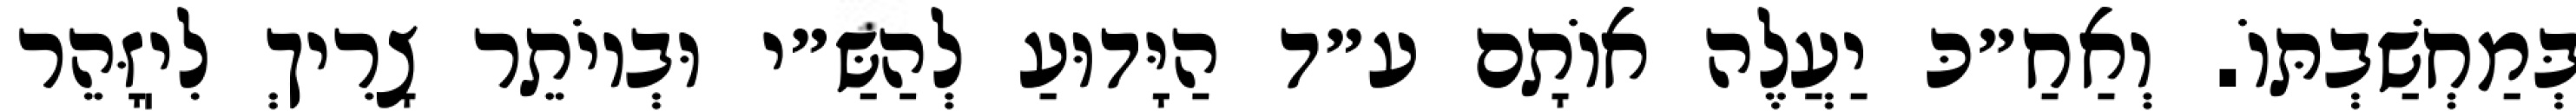
בְּמַחְשַׁבְתּוֹ. וְאַחַ״כּ יַעֲלֶה אוֹתָם ע״ד הַיָּדוּעַ לְהַשַּ״י וּבְיוֹתֵר צָרִיךְ לִיֽזָּהֵר